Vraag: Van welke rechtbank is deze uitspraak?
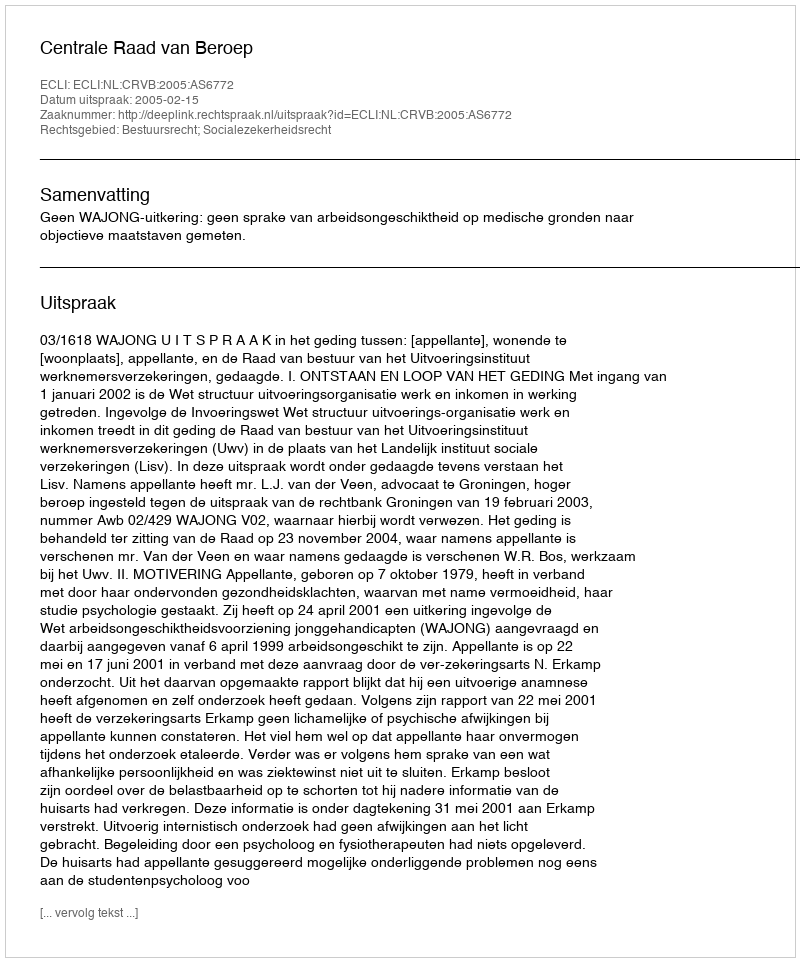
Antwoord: Centrale Raad van Beroep